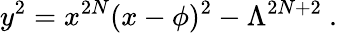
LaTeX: y^{2}=x^{2N}(x-\phi)^{2}-\Lambda^{2N+2}\ .